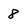
Character: 8